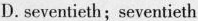
D.seventieth;seventieth